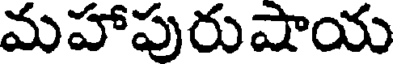
మహాపురుషాయ